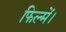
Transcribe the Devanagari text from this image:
फिल्में।